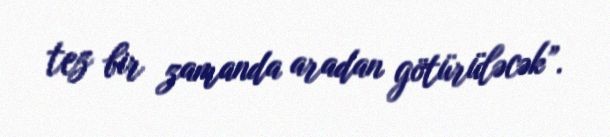
tez bir zamanda aradan götürüləcək”.